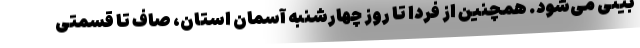
بینی می‌شود. همچنین از فردا تا روز چهارشنبه آسمان استان، صاف تا قسمتی